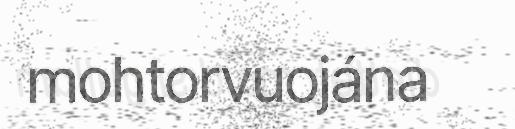
mohtorvuojána